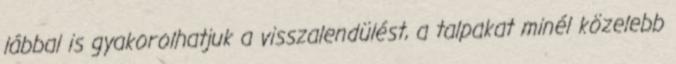
lábbal is gyakorolhatjuk a visszalendülést, a talpakat minél közelebb